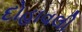
દોહાવલી